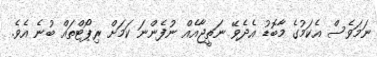
ނަމަވެސް އެކަމުގެ މާބޮޑު އެދެވޭ ނަތީޖާއެއް ނުފެންނަ ކަމަށް ރިޕޯޓްތައް ބުނެ އެވެ.